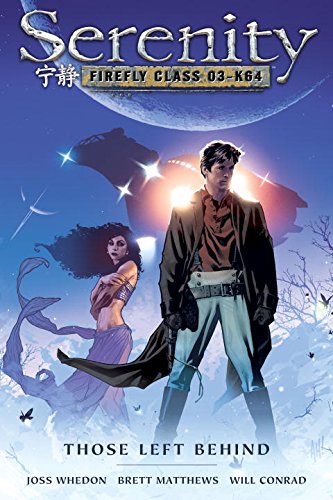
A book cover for Serenity, Vol. 1: Those Left Behind; Will Conrad; Teen & Young Adult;